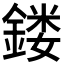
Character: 𨩐